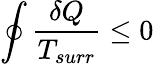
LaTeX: \oint{\frac{\delta Q}{T_{surr}}}\leq 0